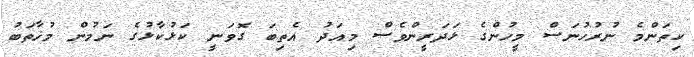
ކިތަންމެ ނުރުހުނަސް މީހުންގެ ޅަދަރީންވެސް މިއަދު އެތިބަ ގޮވަނީ ކަޅުކާޅުގެ ނަމުން މުޚާތަބު